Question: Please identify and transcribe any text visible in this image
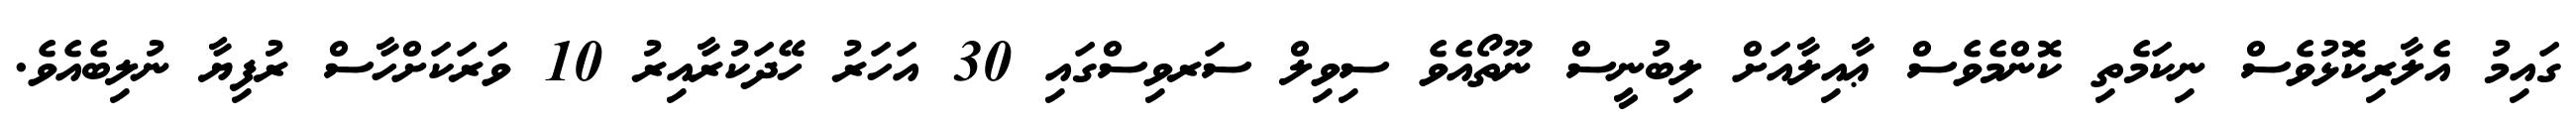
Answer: ގައިމު އެލާރިކޮޅުވެސް ނިކަމެތި ކޮންމެވެސް ޢާއިލާއަށް ލިބުނީސް ނޫތޯއެވެ ސިވިލް ސަރވިސްގައި 30 އަހަރު ހޭދަކުރާއިރު 10 ވަރަކަށްހާސް ރުފިޔާ ނުލިބެއެވެ.